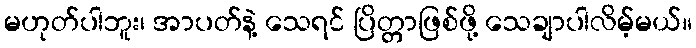
မဟုတ်ပါဘူး၊ အာပတ်နဲ့ သေရင် ပြိတ္တာဖြစ်ဖို့ သေချာပါလိမ့်မယ်။